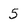
Character: 5